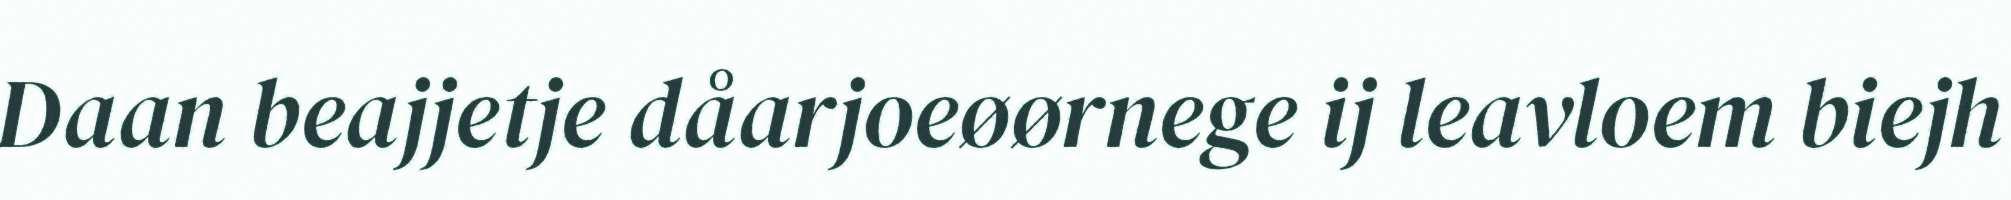
Daan beajjetje dåarjoeøørnege ij leavloem biejh